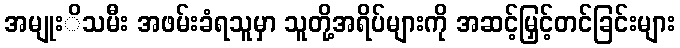
အမျုးိသမီး အဖမ်းခံရသူမှာ သူတို့အရိပ်များကို အဆင့်မြှင့်တင်ခြင်းများ